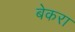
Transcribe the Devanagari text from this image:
बेकरा